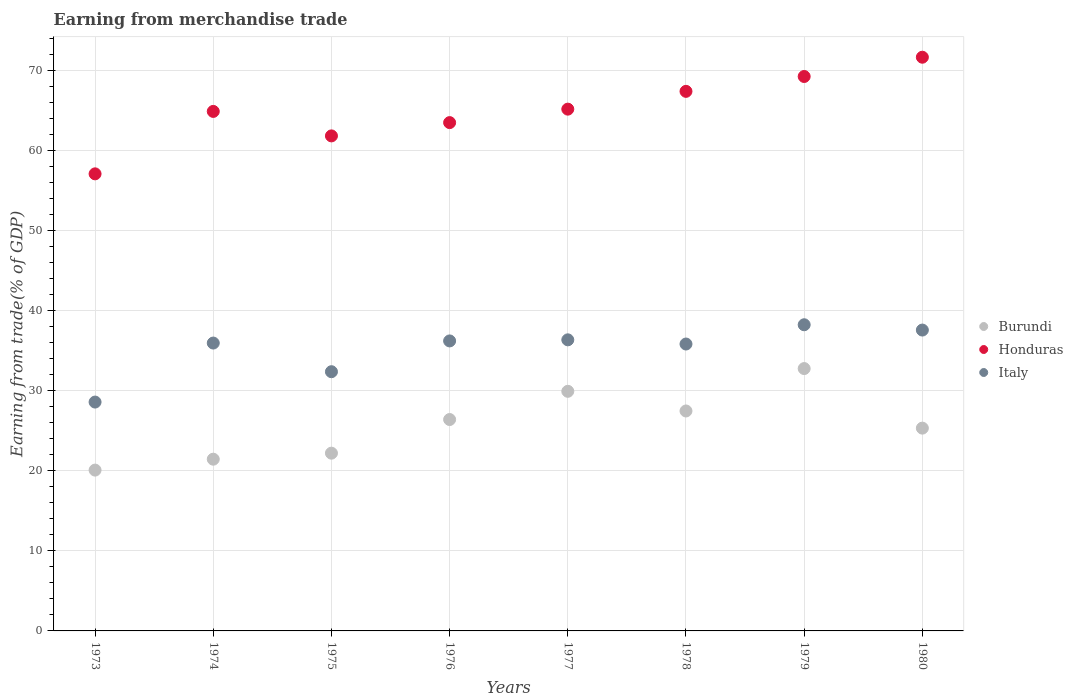
| Years | Burundi | Honduras | Italy |
 | --- | --- | --- | --- |
 | 1973 | 20.1 | 57.1 | 28.6 |
 | 1974 | 21.5 | 64.9 | 36 |
 | 1975 | 22.2 | 61.8 | 32.4 |
 | 1976 | 26.4 | 63.5 | 36.2 |
 | 1977 | 29.9 | 65.2 | 36.4 |
 | 1978 | 27.5 | 67.4 | 35.8 |
 | 1979 | 32.8 | 69.3 | 38.2 |
 | 1980 | 25.3 | 71.7 | 37.6 |